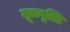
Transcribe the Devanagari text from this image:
मूलवृत्ति